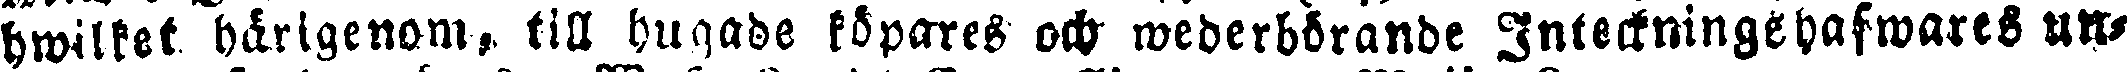
hwilket härigenom till hugade köpares och wederbörande Inteckningshafwares un-